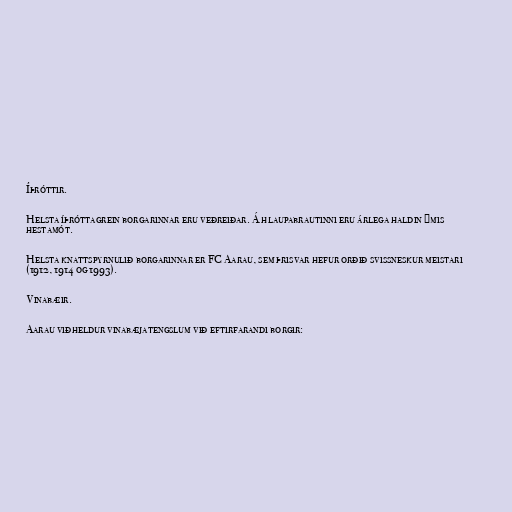
Íþróttir.

Helsta íþróttagrein borgarinnar eru veðreiðar. Á hlaupabrautinni eru árlega haldin ýmis
hestamót.

Helsta knattspyrnulið borgarinnar er FC Aarau, sem þrisvar hefur orðið svissneskur meistari
(1912, 1914 og 1993).

Vinabæir.

Aarau viðheldur vinabæjatengslum við eftirfarandi borgir: